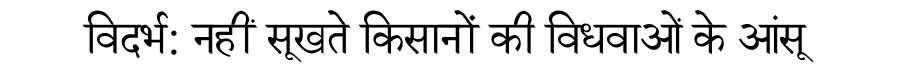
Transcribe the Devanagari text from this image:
विदर्भ: नहीं सूखते किसानों की विधवाओं के आंसू